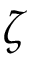
\zeta